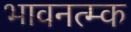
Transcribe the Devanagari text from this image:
भावनत्म्क